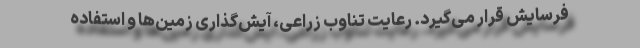
فرسایش قرار می‌گیرد. رعایت تناوب زراعی، آیش‌گذاری زمین‌ها و استفاده